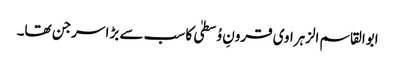
ابوالقاسم الزہراوی قرونِ وُسطیٰ کا سب سے بڑا سرجن تھا۔